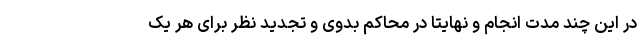
در این چند مدت انجام و نهایتا در محاکم بدوی و تجدید نظر برای هر یک